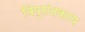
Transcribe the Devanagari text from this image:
त्रिपुरांतकाय